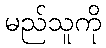
မည်သူကို